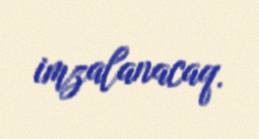
imzalanacaq.